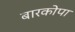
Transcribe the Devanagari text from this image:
बारकोपा